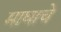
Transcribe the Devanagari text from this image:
माघाचे